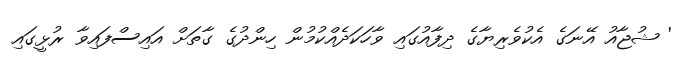
' ޝުޖާއު އޭނަގެ އެކުވެރިޔާގެ ދިފާއުގައި ވާހަކަދެއްކުމުން ހިންދުގެ ގާތަށް އައިސްފައިވާ ރުޅީގައި